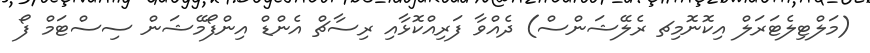
(މަލްޓިލެޓަރަލް އިކޮނޮމިޗ ރެލޭޝަންސް) ދެއްވާ ފަރިއްކޮޅާއި ރިސާޗް އެންޑް އިންފޯމޭޝަން ސިސްޓަމް ފޯ